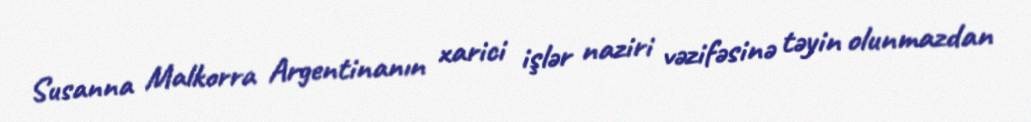
Susanna Malkorra Argentinanın xarici işlər naziri vəzifəsinə təyin olunmazdan